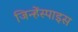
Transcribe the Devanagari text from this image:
जिन्हेंस्पाइस